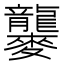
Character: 𪎁